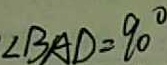
\angle B A D = 9 0 ^ { \circ }